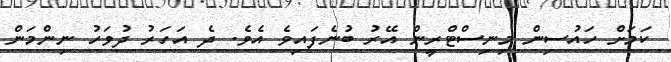
ކަމަށް ހައުސިން މިނިސްޓްރީން އޭރު ބުނެފައިވެ އެވެ. ދެ އަހަރު ދުވަހު ނިންމަން